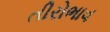
તીરોભાવ